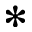
\ast